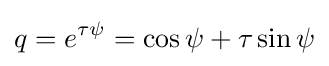
q=e^{\tau \psi }=\cos \psi +\tau \sin \psi